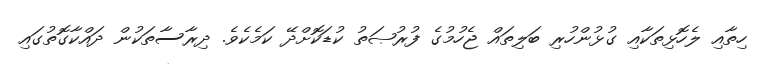
ހިތާއި ލެހޮޅިތަކާއި ގުޅުންހުރި ބަލިތައް ޖެހުމުގެ ފުރުޞަތު ކުޑަކޮށްދޭ ކަމެކެވެ. ދިރާސާތަކުން ދައްކާގޮތުގައި